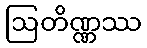
ဩတိဏ္ဏဿ